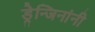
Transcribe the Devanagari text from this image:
ड्रेन्जिनांनी